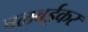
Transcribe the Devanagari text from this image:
वळवईकर